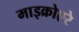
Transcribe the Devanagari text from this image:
माइक्रोएरे